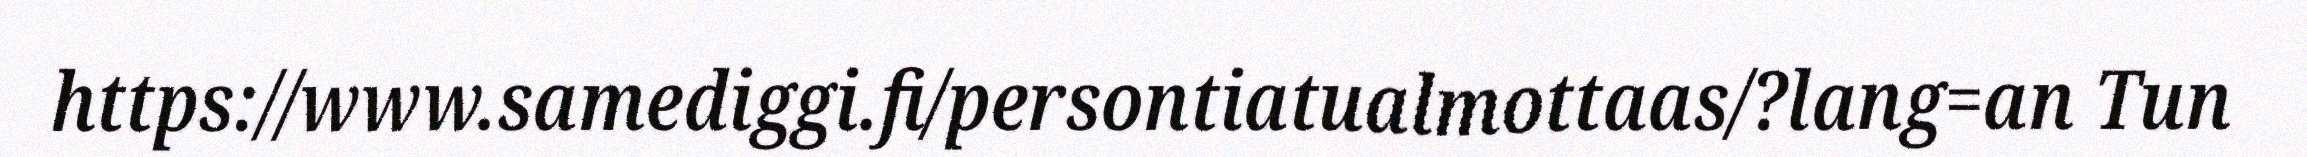
https://www.samediggi.fi/persontiatualmottaas/?lang=an Tun